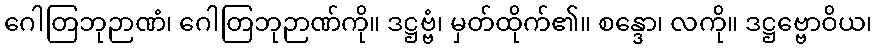
ဂေါတြဘုဉာဏံ၊ ဂေါတြဘုဉာဏ်ကို။ ဒဋ္ဌဗ္ဗံ၊ မှတ်ထိုက်၏။ စန္ဒော၊ လကို။ ဒဋ္ဌဗ္ဗောဝိယ၊